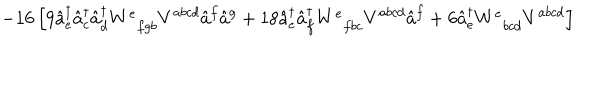
LaTeX: - 1 6 \left[ 9 \hat { a } _ { e } ^ { \dagger } \hat { a } _ { c } ^ { \dagger } \hat { a } _ { d } ^ { \dagger } W _ { \; \; f g b } ^ { e } V ^ { a b c d } \hat { a } ^ { f } \hat { a } ^ { g } + 1 8 \hat { a } _ { e } ^ { \dagger } \hat { a } _ { f } ^ { \dagger } W _ { \; \; f b c } ^ { e } V ^ { a b c d } \hat { a } ^ { f } + 6 \hat { a } _ { e } ^ { \dagger } W _ { \; \; b c d } ^ { e } V ^ { a b c d } \right]